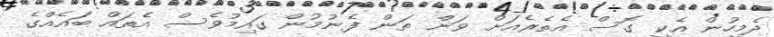
ދެމީހުން އެކީ ގޮސް އެތެރެއަށް ވަން ތަން ފެނުމުން ގައިމުވެސް އެތައް ބައެއްގެ